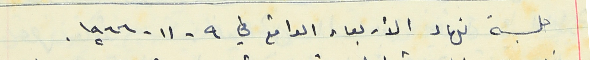
جلسة نهار الأربعاء الواقع في ٩ - ١١ - ١٩٦٦.